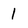
Character: I